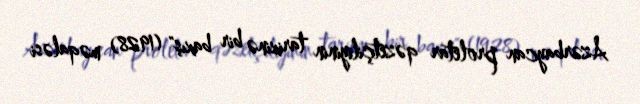
Azərbaycan proletar qəzetçiliyinin tarixinə bir baxış" (1928) məqaləsi